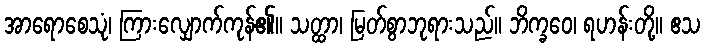
အာရောစေသုံ၊ ကြားလျှောက်ကုန်၏။ သတ္ထာ၊ မြတ်စွာဘုရားသည်။ ဘိက္ခဝေ၊ ရဟန်းတို့။ ဧသ